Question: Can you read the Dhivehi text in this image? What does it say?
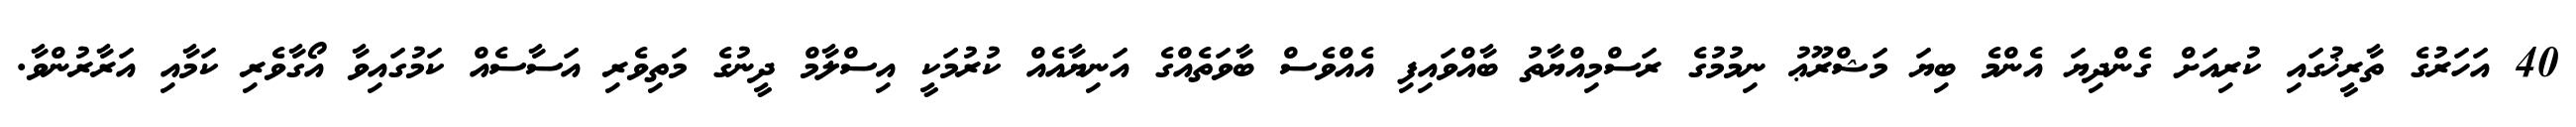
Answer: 40 އަހަރުގެ ތާރީޚުގައި ކުރިއަށް ގެންދިޔަ އެންމެ ބިޔަ މަޝްރޫޢު ނިމުމުގެ ރަސްމިއްޔާތު ބާއްވައިފި އެއްވެސް ބާވަތެއްގެ އަނިޔާއެއް ކުރުމަކީ އިސްލާމް ދީނުގެ މަތިވެރި އަސާސެއް ކަމުގައިވާ އޯގާވެރި ކަމާއި އަރާރުންވާ.